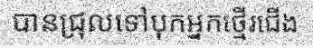
បានជ្រុលទៅបុកអ្នកថ្មើរជើង